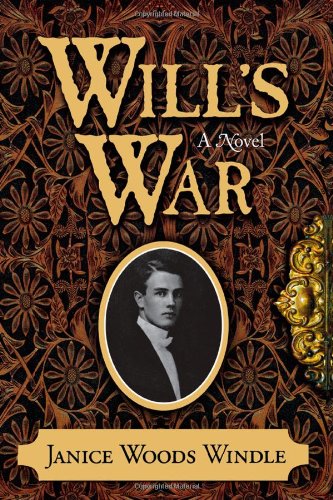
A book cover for Will's War: A Novel; Janice Woods Windle; Literature & Fiction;